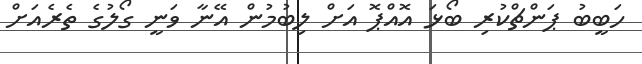
ހަބީބު ޕަންޗްކުރި ބޯޅަ އޮއްޕޮ އަށް ލިބުމުން އޭނާ ވަނީ ގޯލުގެ ތެރެއަށް